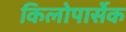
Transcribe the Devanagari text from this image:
किलोपार्सेक